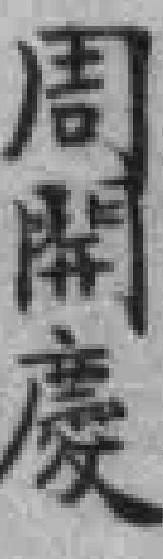
周開慶